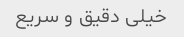
خیلی دقیق و سریع